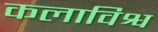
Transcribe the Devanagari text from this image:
कलाविश्व